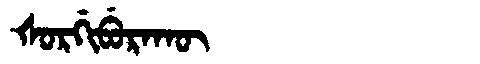
Manchu: ᡧᠣᡵᡤᡳᠪᡠᡵᠠᡴᡡ
Romanization: ŠORGIBURAKŪ